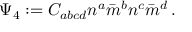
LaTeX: \Psi _ { 4 } : = C _ { a b c d } n ^ { a } { \bar { m } } ^ { b } n ^ { c } { \bar { m } } ^ { d } \, .